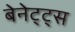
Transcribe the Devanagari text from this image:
बेनेट्ट्स